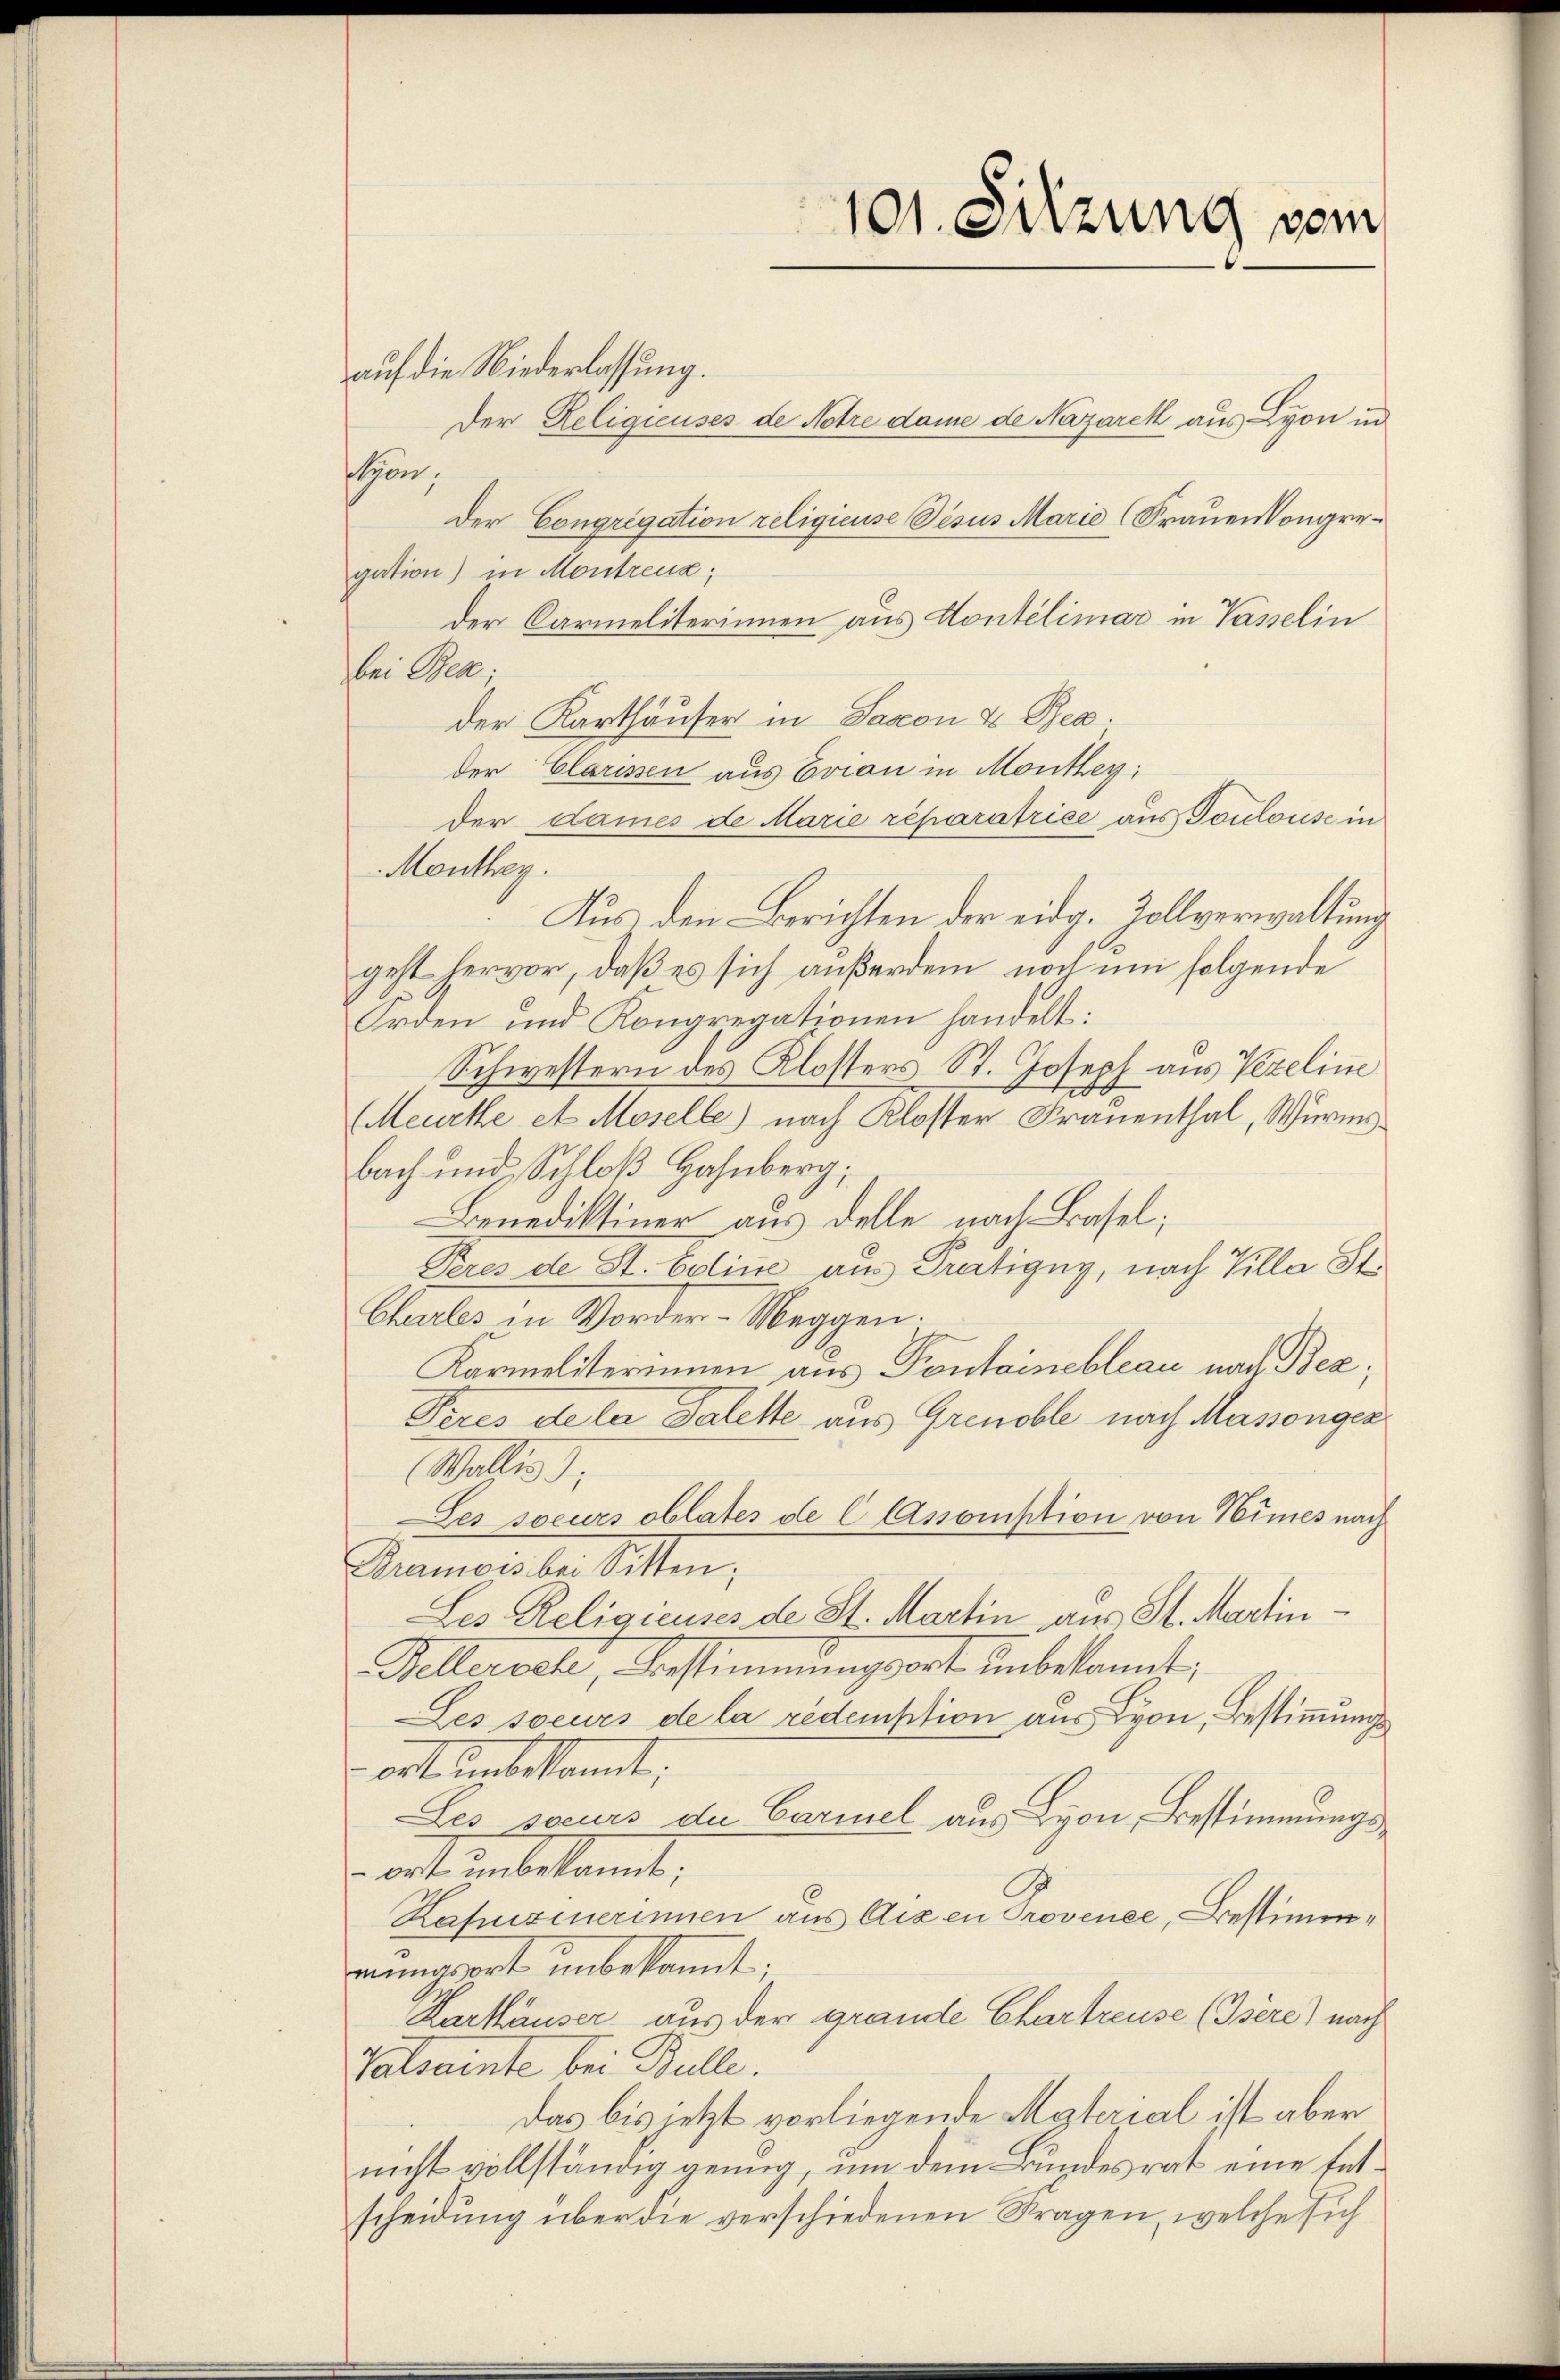
auf die Niederlassung.
Der Religieuses de Notre dame de Nazarek aus Lyon un
ton,
Der Congregation religieuse Visus Marie (Frauen Kongregation) in Montreux;
der Carmeliterinnen aus Montelimar in Vasselin
bei Ben;
der Karthäuser in Jascon & Bea
der Clarissen aus Evian in Monthey:
der Dames de Marie reparatrice aus Toulouse in
Monthey.
Aus den Berichten der eidg. Zollverwaltung
geht hervor, daß es sich außerdem noch um folgende
Orden und Kongregationen handelt:
Schwestern des Klosters St. Joseph aus Vezeline
Meurthe et Moselle) nach Kloster Frauenthal, Wurmsbach und Schloß Hahnberg;
Benediktiner aus delle nach Basel;
Peres de St. Baline aus Pratigny, nach Tilla St.
Charles in Vorder-Meggen.
Karmaliterinnen aus Pontainebleau nach Bez
Peres de la Salette aus Grenoble nach Massenger
Wallis d
Les soeurs oblates de C Assomption von Nimes nach
Bemers der Sitten;
Les Religieuses de St. Martin aus St. Martin¬
Kellerach, Bestimmungsort unbekannt,
Les soeurs de la redemption aus Lyon, Bestimmung
ort unbekannt;
Les soeurs du Carmel aus Lyon, Bestimmungswort unbekannte,
Kapuzinerinnen aus Aixen Provenee, Bestimmmungsort unbekannt;
Karthäuser aus der grande Chartreuse (Isère) nach
Galsainte bei Bulle.
Das bis jetzt vorliegende Masterial ist aber
nicht vollständig genug, um dem Bundesrat eine Entscheidung über die verschiedenen Stragen, welche sich

101. Sitzung vom